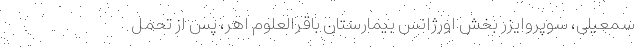
سمعیلی، سوپروایزر بخش اورژانس بیمارستان باقرالعلوم اهر، پس از تحمل